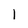
Character: 1